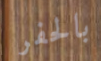
بالحفر